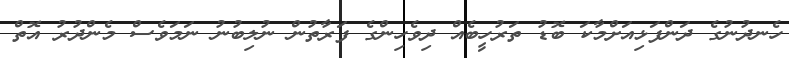
ހެނދުނުގެ ދަންފަޅިއަށްމާކަ ބޮޑު ތަރުހީބެއް ދިވެހިންގެ ފަރާތުން ނުލިބުނު ނަމަވެސް މެންދުރު އޮތް